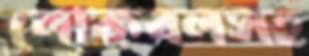
লোকবলসহ